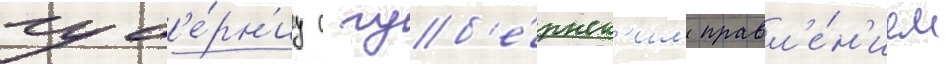
губ'е́рн'иу с губ'е́рнск'им правл'е́н'ием